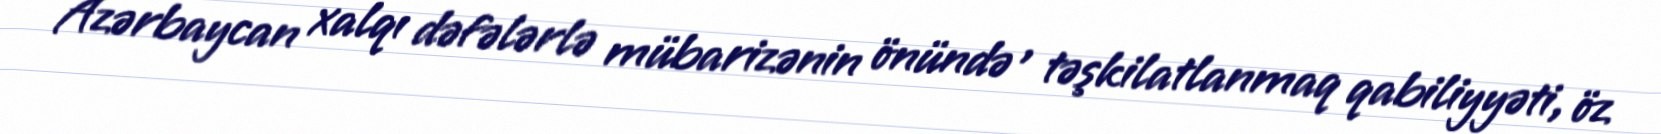
Azərbaycan xalqı dəfələrlə mübarizənin önündə , təşkilatlanmaq qabiliyyəti, öz